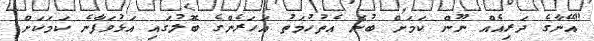
"އޭނާގެ ދަރިއެއް ނޫން ކަމަށް ބުނެ އެތުހުމަތު އަހަރެންގެ ބޮލުގައި އަޅުވަފާނެ ކަމަކަށް